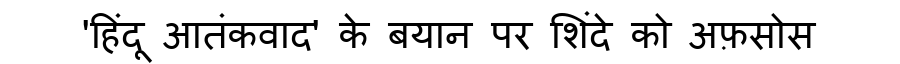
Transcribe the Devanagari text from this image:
'हिंदू आतंकवाद' के बयान पर शिंदे को अफ़सोस